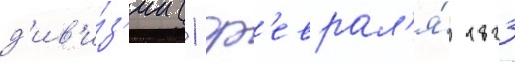
д'ив'и́з'ии (1 ф'еврал'я́ 1823